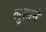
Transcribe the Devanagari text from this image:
लुज़ाने